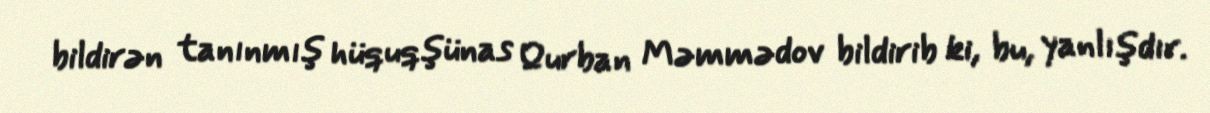
bildirən tanınmış hüquqşünas Qurban Məmmədov bildirib ki, bu, yanlışdır.